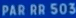
PAR RR 503